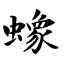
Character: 蟓